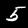
Digit: 5